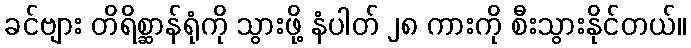
ခင်ဗျား တိရိစ္ဆာန်ရုံကို သွားဖို့ နံပါတ် ၂၈ ကားကို စီးသွားနိုင်တယ်။